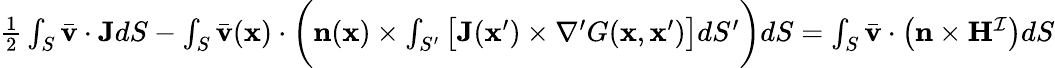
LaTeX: \begin{array}{r}{\frac{1}{2}\int_{S}\bar{\mathbf{v}}\cdot\mathbf{J}dS-\int_{S}\bar{\mathbf{v}}(\mathbf{x})\cdot\bigg(\mathbf{n}(\mathbf{x})\times\int_{S^{\prime}}\big[\mathbf{J}(\mathbf{x}^{\prime})\times\nabla^{\prime}G(\mathbf{x},\mathbf{x}^{\prime})\big]dS^{\prime}\bigg)dS=\int_{S}\bar{\mathbf{v}}\cdot\big(\mathbf{n}\times\mathbf{H}^{\mathcal{I}}\big)dS}\end{array}